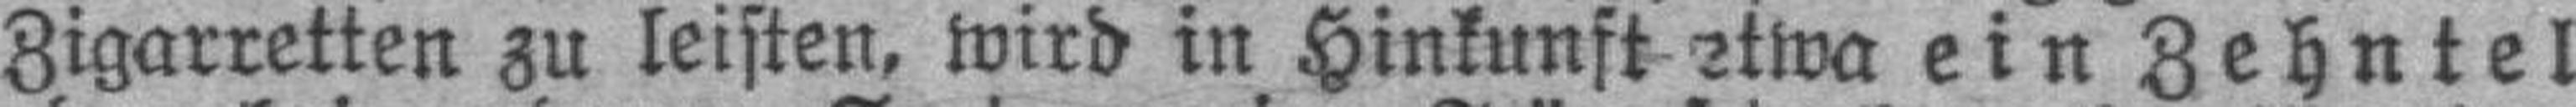
Zigarretten zu leisten, wird in Hinkunft etwa ein Zehntel